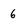
Character: 6